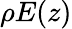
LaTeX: \rho E(z)